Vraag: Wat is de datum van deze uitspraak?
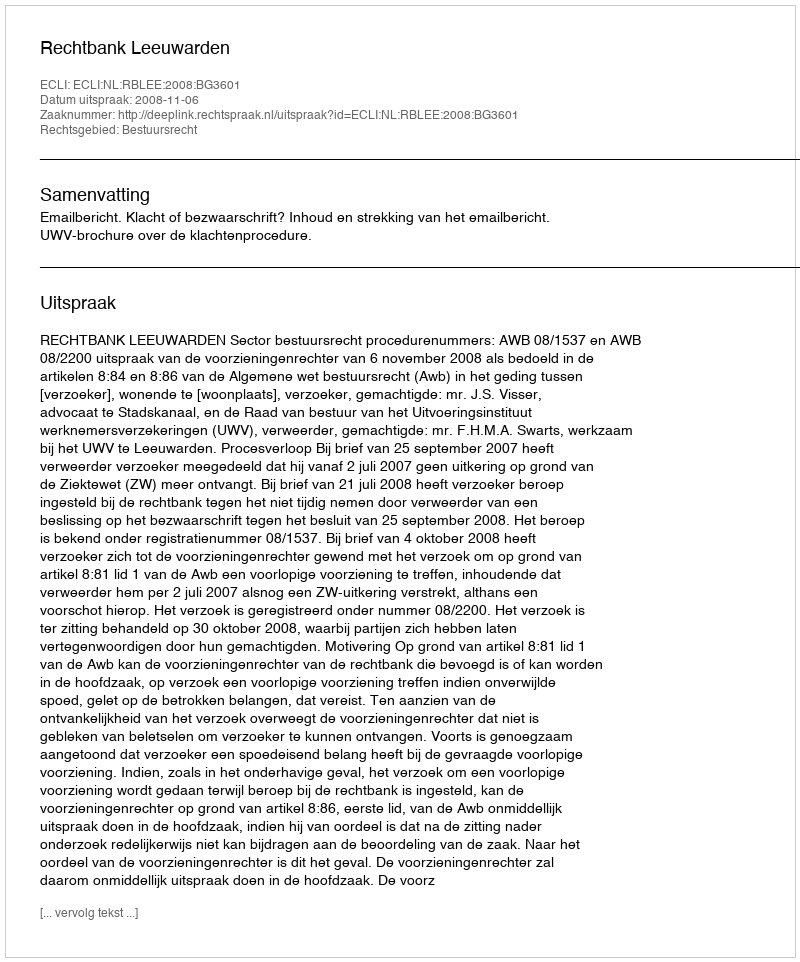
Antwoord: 2008-11-06